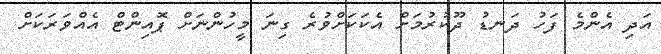
އަދި އެންމެ ފަހު ދަނޑު ދޫކުރުމަށް އެކަކަށްވުރެ ގިނަ މީހުންނަށް ޕޮއިންޓް އެއްވަރަކަށް